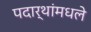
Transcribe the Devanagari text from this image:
पदार्थांमधले